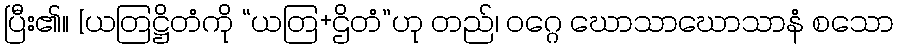
ပြီး၏။ [ယတြဋ္ဌိတံကို “ယတြ+ဌိတံ”ဟု တည်၊ ဝဂ္ဂေ ဃောသာဃောသာနံ စသော